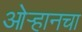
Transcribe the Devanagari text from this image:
ओऱ्हानचा